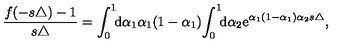
\frac { f ( - s \triangle ) - 1 } { s \triangle } = \int _ { 0 } ^ { 1 } \! \! { \mathrm { d } } \alpha _ { 1 } \alpha _ { 1 } ( 1 - \alpha _ { 1 } ) \! \int _ { 0 } ^ { 1 } \! \! { \mathrm { d } } \alpha _ { 2 } { \mathrm e } ^ { \alpha _ { 1 } ( 1 - \alpha _ { 1 } ) \alpha _ { 2 } s \triangle } ,